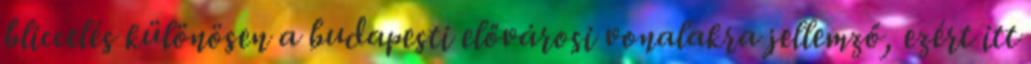
bliccelés különösen a budapesti elővárosi vonalakra jellemző, ezért itt